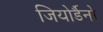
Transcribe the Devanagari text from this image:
जियोर्डैनो